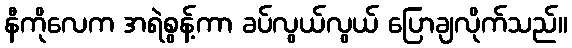
နီကိုလေက အရဲစွန့်ကာ ခပ်လွယ်လွယ် ပြောချလိုက်သည်။